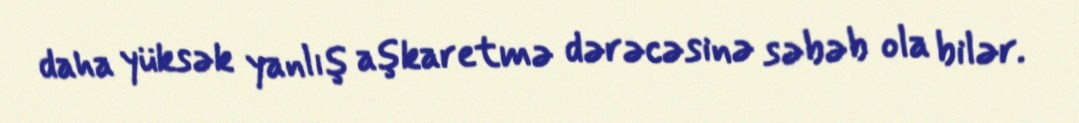
daha yüksək yanlış aşkaretmə dərəcəsinə səbəb ola bilər.